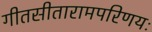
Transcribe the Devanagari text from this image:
गीतसीतारामपरिणयः